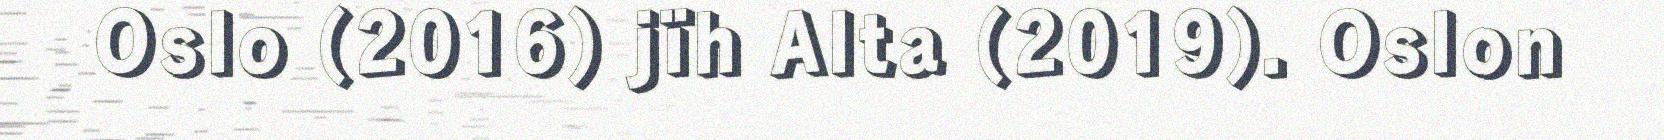
Oslo (2016) jïh Alta (2019). Oslon